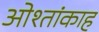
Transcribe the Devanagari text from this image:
ओश्तांकाह